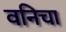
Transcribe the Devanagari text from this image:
वनिचा